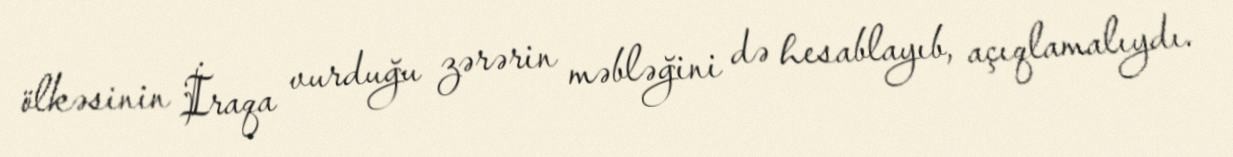
ölkəsinin İraqa vurduğu zərərin məbləğini də hesablayıb, açıqlamalıydı.